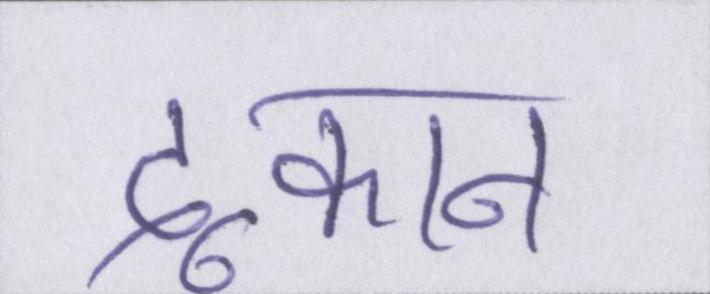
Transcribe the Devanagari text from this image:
दूकान